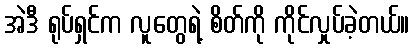
အဲဒီ ရုပ်ရှင်က လူတွေရဲ့ စိတ်ကို ကိုင်လှုပ်ခဲ့တယ်။